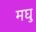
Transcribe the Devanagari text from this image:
मघु